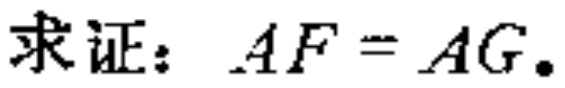
求证：\(AF = AG.\)